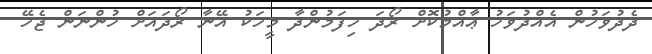
ދެދުވަހުން އެއްދުވަހު ޢާއްމުކޮށް ރޯދަ ހިފަމުންދާ މީހަކު އޭނާ ރޯދައަށް ހުންނަން ޖެހޭ